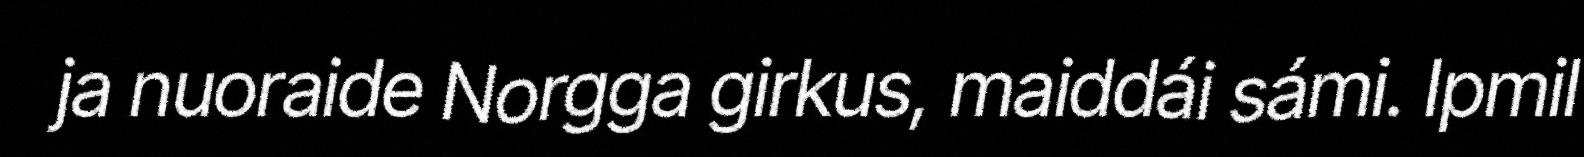
ja nuoraide Norgga girkus, maiddái sámi. Ipmil